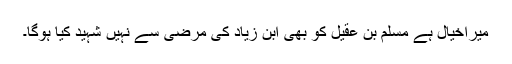
میراخیال ہے مسلم بن عقیل کو بھی ابن زیاد کی مرضی سے نہیں شہید کیا ہوگا۔